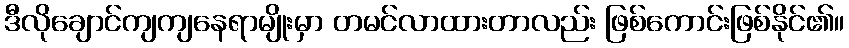
ဒီလိုချောင်ကျကျနေရာမျိုးမှာ တမင်လာထားတာလည်း ဖြစ်ကောင်းဖြစ်နိုင်၏။